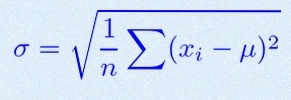
\sigma=\sqrt{\frac1n\sum(x_i-\mu)^2}